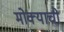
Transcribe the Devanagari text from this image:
मोक्याची